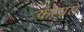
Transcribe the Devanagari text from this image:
कोयते